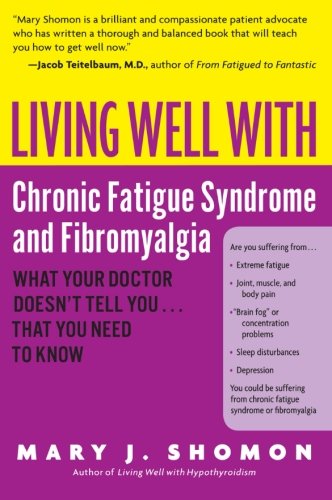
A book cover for Living Well with Chronic Fatigue Syndrome and Fibromyalgia: What Your Doctor Doesn't Tell You...That You Need to Know; Mary J. Shomon; Health, Fitness & Dieting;